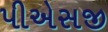
પીએસજી